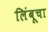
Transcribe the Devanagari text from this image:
लिंबूचा